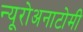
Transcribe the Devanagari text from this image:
न्यूरोअनाटोमी